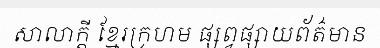
សាលាក្តី ខ្មែរក្រហម ផ្សព្វផ្សាយព័ត៌មាន